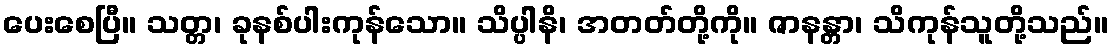
ပေးစေပြီ။ သတ္တ၊ ခုနစ်ပါးကုန်သော။ သိပ္ပါနိ၊ အတတ်တို့ကို။ ဇာနန္တာ၊ သိကုန်သူတို့သည်။